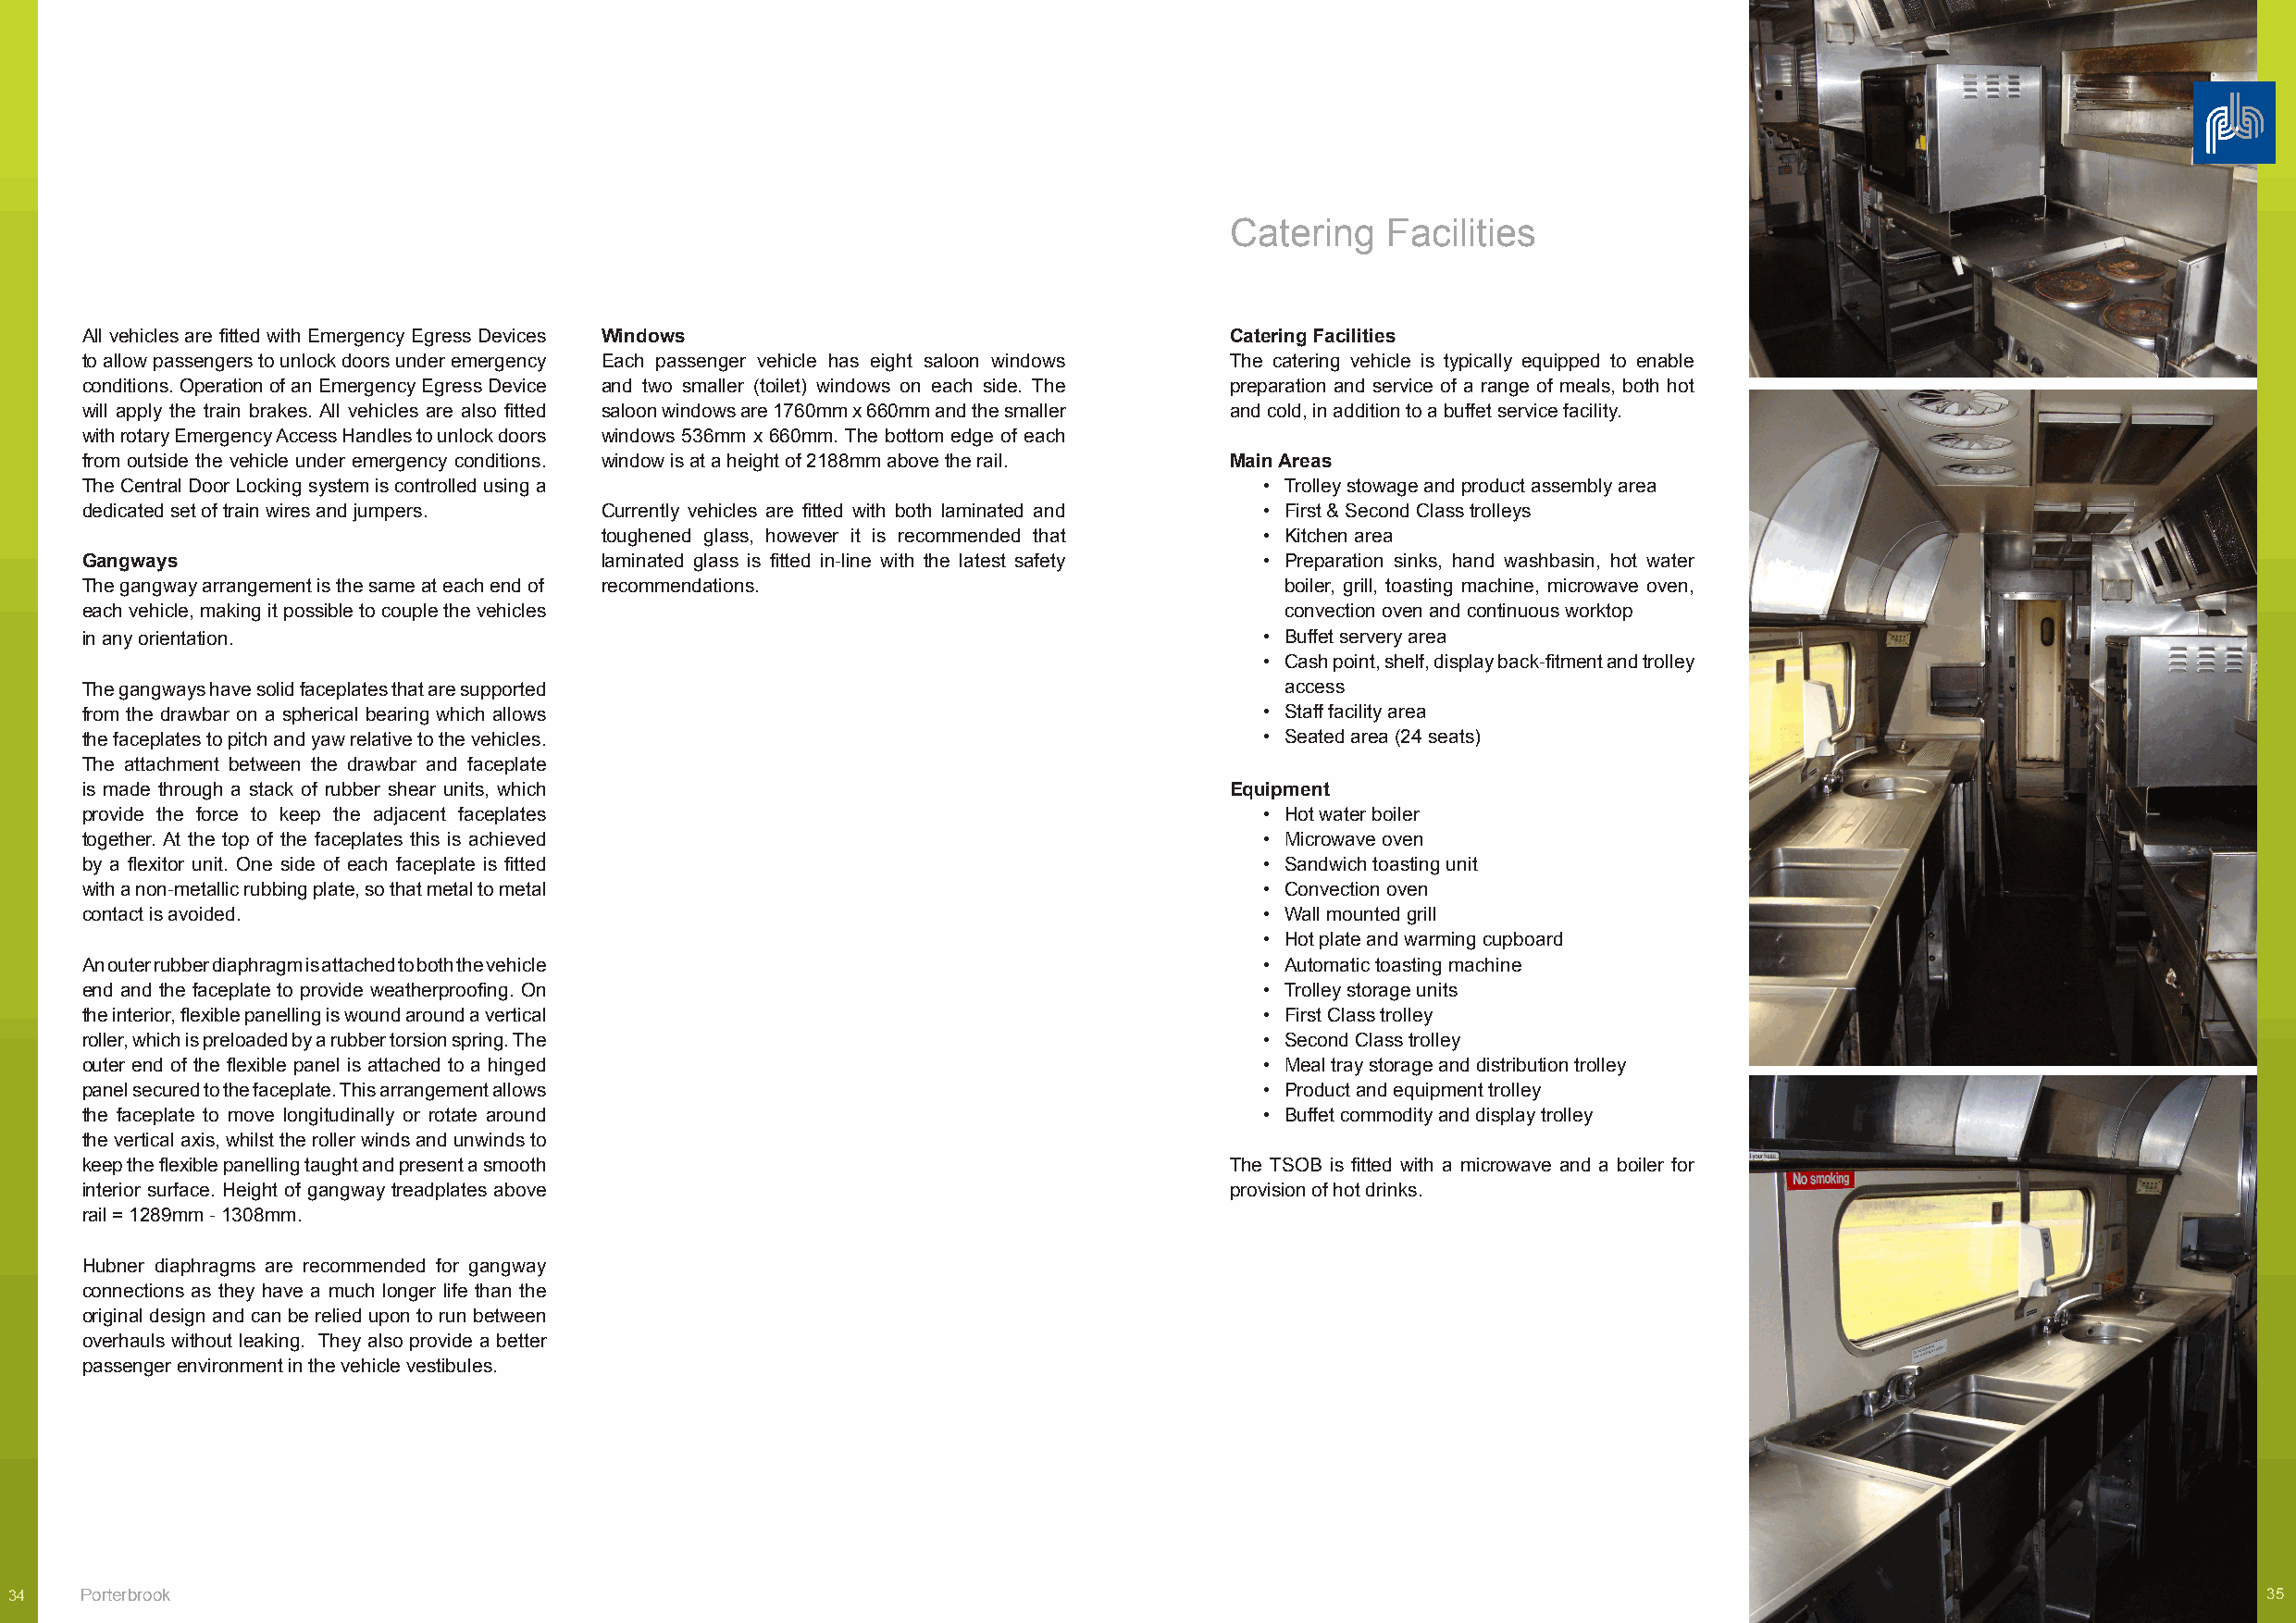
Catering   Facilities
 All vehicles are fitted with Emergency Egress Devices Windows                     Catering Facilities
 to allow passengers to unlock doors under emergency Each passenger vehicle has eight saloon windows The catering vehicle is typically equipped to enable
 conditions. Operation of an Emergency Egress Device and two smaller (toilet) windows on each side. The preparation and service of a range of meals, both hot
 will apply the train brakes. All vehicles are also fitted saloon windows are 1760mm x 660mm and the smaller and cold, in addition to a buffet service facility.
 with rotary Emergency Access Handles to unlock doors windows 536mm x 660mm. The bottom edge of each
 from outside the vehicle under emergency conditions. window is at a height of 2188mm above the rail. Main Areas
 The Central Door Locking system is controlled using a                               • Trolley stowage and product assembly area
 dedicated set of train wires and jumpers. Currently vehicles are fitted with both laminated and • First & Second Class trolleys
 toughened glass, however it is recommended that • Kitchen area
 Gangways                             laminated glass is fitted in-line with the latest safety • Preparation sinks, hand washbasin, hot water
 The gangway arrangement is the same at each end of recommendations.                   boiler, grill, toasting machine, microwave oven,
 each vehicle, making it possible to couple the vehicles                               convection oven and continuous worktop
 in any orientation.                                                                 • Buffet servery area
 • Cash point, shelf, display back-fitment and trolley
 The gangways have solid faceplates that are supported                                 access
 from the drawbar on a spherical bearing which allows                                • Staff facility area
 the faceplates to pitch and yaw relative to the vehicles.                           • Seated area (24 seats)
 The attachment between the drawbar and faceplate
 is made through a stack of rubber shear units, which                              Equipment
 provide the force to keep the adjacent faceplates                                   • Hot water boiler
 together. At the top of the faceplates this is achieved                             • Microwave oven
 by a flexitor unit. One side of each faceplate is fitted                            • Sandwich toasting unit
 with a non-metallic rubbing plate, so that metal to metal                           • Convection oven
 contact is avoided.                                                                 • Wall mounted grill
 • Hot plate and warming cupboard
 An outer rubber diaphragm is attached to both the vehicle                           • Automatic toasting machine
 end and the faceplate to provide weatherproofing. On                                • Trolley storage units
 the interior, flexible panelling is wound around a vertical                         • First Class trolley
 roller, which is preloaded by a rubber torsion spring. The                          • Second Class trolley
 outer end of the flexible panel is attached to a hinged                             • Meal tray storage and distribution trolley
 panel secured to the faceplate. This arrangement allows                             • Product and equipment trolley
 the faceplate to move longitudinally or rotate around                               • Buffet commodity and display trolley
 the vertical axis, whilst the roller winds and unwinds to
 keep the flexible panelling taught and present a smooth                           The TSOB is fitted with a microwave and a boiler for
 interior surface. Height of gangway treadplates above                             provision of hot drinks.
 rail = 1289mm - 1308mm.
 Hubner diaphragms are recommended for gangway
 connections as they have a much longer life than the
 original design and can be relied upon to run between
 overhauls without leaking. They also provide a better
 passenger environment in the vehicle vestibules.
 34   Porterbrook                                                                                                                           Mk3 Locomotive Hauled Coaches 35